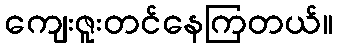
ကျေးဇူးတင်နေကြတယ်။